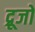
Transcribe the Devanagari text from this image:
द्रूजो